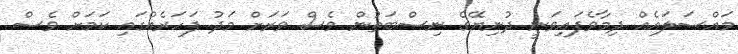
މައްސަލައެއް ދިމާވެފައިވަނީ ދުނިޔޭގެ ނިސްބަތުން ވެސް ވަރަށް މަދު ފަހަރެއްގައި ކަމަށް ވެސް